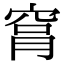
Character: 𥥾